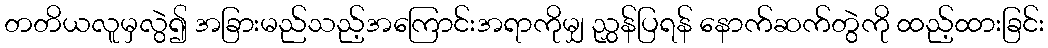
တတိယလူမှလွဲ၍ အခြားမည်သည့်အကြောင်းအရာကိုမျှ ညွှန်ပြရန် နောက်ဆက်တွဲကို ထည့်ထားခြင်း